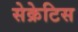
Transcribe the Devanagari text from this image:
सेक्रेटिस